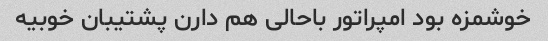
خوشمزه بود امپراتور باحالی هم دارن پشتیبان خوبیه